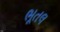
ભૂતલ